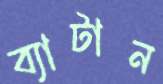
ব্যাটান